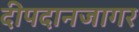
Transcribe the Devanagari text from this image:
दीपदानजागर